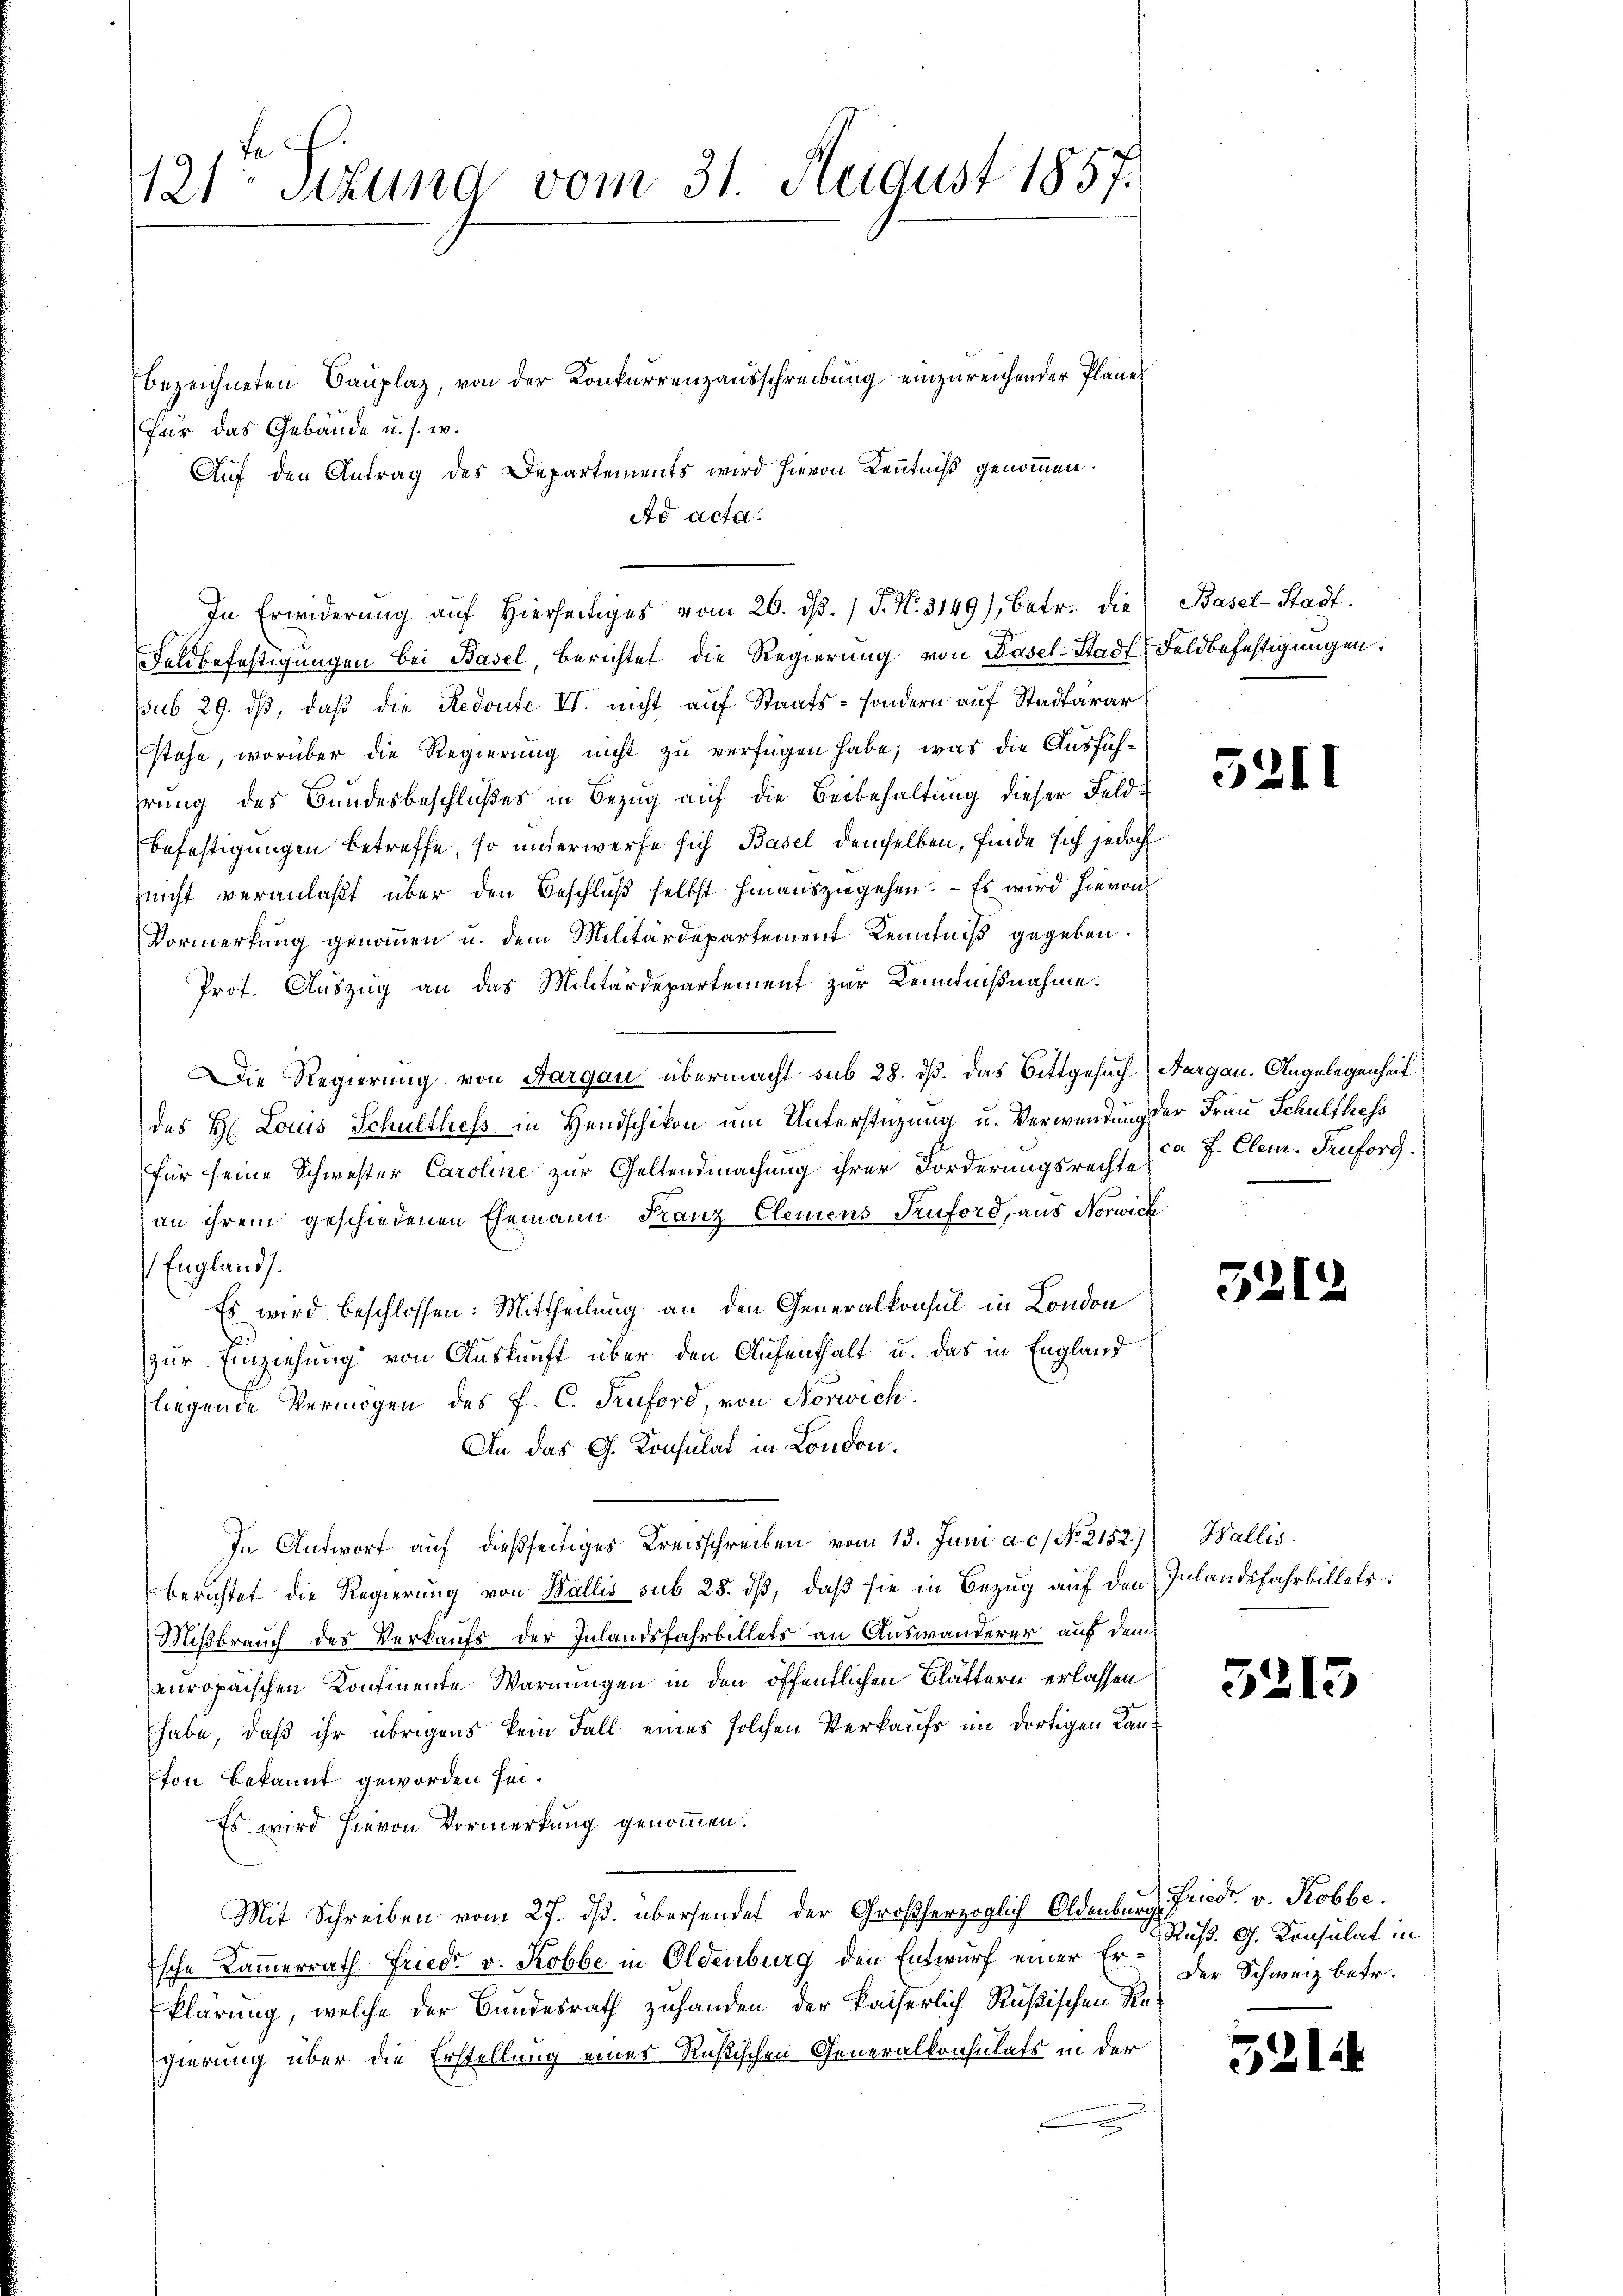
121 schung vom 31. August 1857.

bezeichneten Bauplaz, von der Konkurrenzausschreibung einzureichender Pläne
Für das Gebäude u. s. w.
Auf den Antrag des Departements wird hievon Kenntniß genommen.
Feldbefestigungen bei Basel, berichtet die Regierung von Basel-Stadt, Feldbefestigungen.
sub 29. dβ, daß die Redoute II. nicht auf Staats- sondern auf Stadtärar
stehe, worüber die Regierung nicht zu verfügen habe; was die Ausfühhrung des Bandesbeschlußes in Bezug auf die Beibehaltung dieser Feld¬
Befestigungen betreffe, so unterwerfe sich Basel demselben, finde sich jedoch
Zeicht veranlaßt, über den Beschluß selbst hinauszugehen. - Es wird hievon
Vormerkung genommen u. dem Militärdepartement Kenntniß gegeben.
Prot. Auszug an das Militärdepartement zur Kenntnißnahme.
Die Regierung von Aargau übermacht sub 28. dß. Das Bittgesuch Aargau. Angelegenheit
des H. Louis Schulthess in Handschikon um Unterstüzung u. Verwendung der Frau Schulthess
für seine Schwester Caroline zur Geltendmachung ihrer Forderungsrechte
an ihrem geschiedenen Ehemann Franz Clemens Teuford, aus Norwick
Englands
Es wird beschlossen: Mittheilung an den Generalkonsul in London
zur Einziehung von Auskunft über den Aufenthalt u. das in England
liegende Vermögen des P. C. Fruford, von Norwich.
An das G. Konsulat in London.
In Antwort auf dießseitiges Kreisschreiben vom 13. Juni a. c. No. 2152.) Wallis
berichtet die Regierung von Wallis sub 28. dß, daß sie in Bezug auf den Inlandsfahrbillets
Mißbrauch des Verkaufs der Inlandsfahrbillets an Auswanderer auf dem
europaischen Kontiente Warnungen in den öffentlichen Blättern erlassen
habe, daß ihr übrigens kein Fall eines solchen Verkaufs im dortigen Kanton bekannt geworden sei.
Es wird hievon Vormerkung genommen.
Mit Schreiben vom 27. dβ. übersendet der Großherzoglich Oldenburg, Friedr. v. Robbe
sche Kammerrath Friedr v. Kobbe in Oldenburg den Entwurf einer Er- der Schweiz betr.
klärung, welche der Bundesrath zuhanden der kaiserlich Rußischen Re-
gierung über die Erstellung eines Rußischen Generalkonsulats in der

Ad acta.

In Erwiderŭng aŭf hierseitiges vom 26. dβ. / P. N. 3149), betr. die Basel-Stadt.

32.

ca P. Clem. Teuforg.

54

.

1

.

5213

Ruß. G. Konsulat in

521.